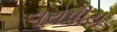
યૂરોપીય